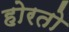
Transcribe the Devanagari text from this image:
होरतो